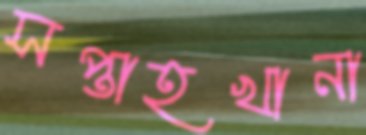
সপ্তাহখানা